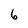
Character: 6